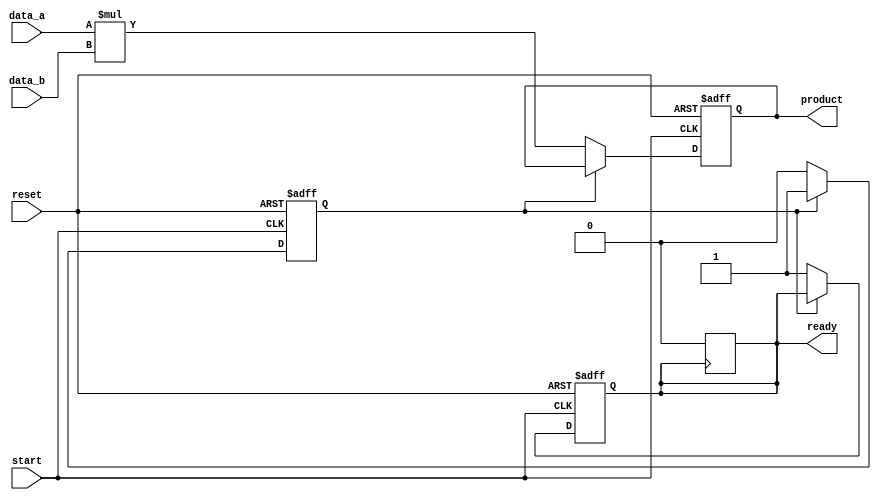
module streaming_multiplier (
    input wire [7:0] data_a,         // Input Data A
    input wire [7:0] data_b,         // Input Data B
    input wire start,                // Start signal to begin multiplication
    input wire reset,                // Asynchronous reset signal
    output reg [15:0] product,       // Output product (16 bits to accommodate the multiplication)
    output reg ready                 // Signal indicating the result is ready
);

    reg busy;                        // State to indicate if operation is in progress

    always @(posedge start or posedge reset) begin
        if (reset) begin
            // Reset all outputs and states
            product <= 16'b0;
            ready <= 1'b0;
            busy <= 1'b0;
        end else if (!busy) begin
            // Start the multiplication process
            busy <= 1'b1;
            product <= data_a * data_b; // Perform multiplication
            ready <= 1'b1;               // Signal that result is ready
            busy <= 1'b0;                // Operation completed
        end
    end

    always @(posedge ready) begin
        // After the product is generated, wait for the next start signal
        if (ready) begin
            ready <= 1'b0;               // Reset ready signal for the next operation
        end
    end

endmodule